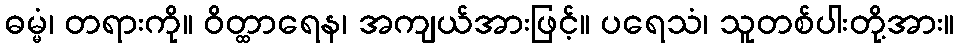
ဓမ္မံ၊ တရားကို။ ဝိတ္ထာရေန၊ အကျယ်အားဖြင့်။ ပရေသံ၊ သူတစ်ပါးတို့အား။